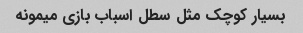
بسیار کوچک مثل سطل اسباب بازی میمونه